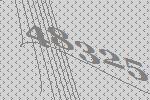
48325